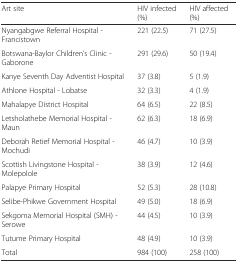
| Art site | HIV infected (%) | HIV affected (%) |
 | --- | --- | --- |
 | Nyangabgwe Referral Hospital - Francistown | 221 (22.5) | 71 (27.5) |
 | Botswana-Baylor Children’s Clinic - Gaborone | 291 (29.6) | 50 (19.4) |
 | Kanye Seventh Day Adventist Hospital | 37 (3.8) | 5 (1.9) |
 | Athlone Hospital - Lobatse | 32 (3.3) | 4 (1.9) |
 | Mahalapye District Hospital | 64 (6.5) | 22 (8.5) |
 | Letsholathebe Memorial Hospital - Maun | 62 (6.3) | 18 (6.9) |
 | Deborah Retief Memorial Hospital - Mochudi | 46 (4.7) | 10 (3.9) |
 | Scottish Livingstone Hospital - Molepolole | 38 (3.9) | 12 (4.6) |
 | Palapye Primary Hospital | 52 (5.3) | 28 (10.8) |
 | Selibe-Phikwe Government Hospital | 49 (5.0) | 18 (6.9) |
 | Sekgoma Memorial Hospital (SMH) - Serowe | 44 (4.5) | 10 (3.9) |
 | Tutume Primary Hospital | 48 (4.9) | 10 (3.9) |
 | Total | 984 (100) | 258 (100) |